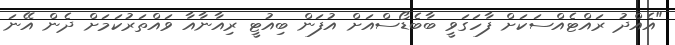
"އެއްދު ރައްޓެއްސަކަށް ފާހަގަވީ ބާބެޑޯސްއަށް އުފަން ބިއުޓީ ރިއާނާއާ ވައްތަރުކަމަށް ދެން އޭނަ